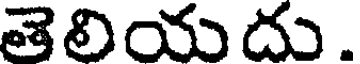
తెలియదు.